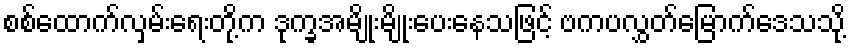
စစ်ထောက်လှမ်းရေးတို့က ဒုက္ခအမျိုးမျိုးပေးနေသဖြင့် ဗကပလွှတ်မြောက်ဒေသသို့